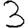
Digit: 3